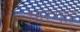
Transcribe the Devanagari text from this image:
चारगाह